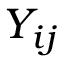
Y _ { i j }